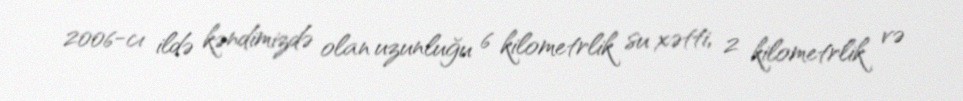
2006-cı ildə kəndimizdə olan uzunluğu 6 kilometrlik su xətti, 2 kilometrlik və